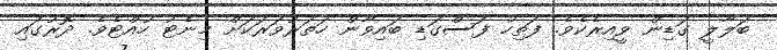
ބަލާލީ ގަޑިން ވީއިރެކެވެ. ފަތިހު ފަސްގަޑި ބައިވާން ހަތަރުވަރަކަށް މިނެޓު ހުއްޓެވެ. ދޮރުގައި